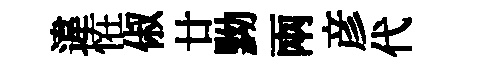
違恠俶廿黝兩彦代